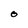
Character: O